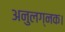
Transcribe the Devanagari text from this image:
अनुलग्नक।